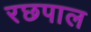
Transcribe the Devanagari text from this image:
रछपाल